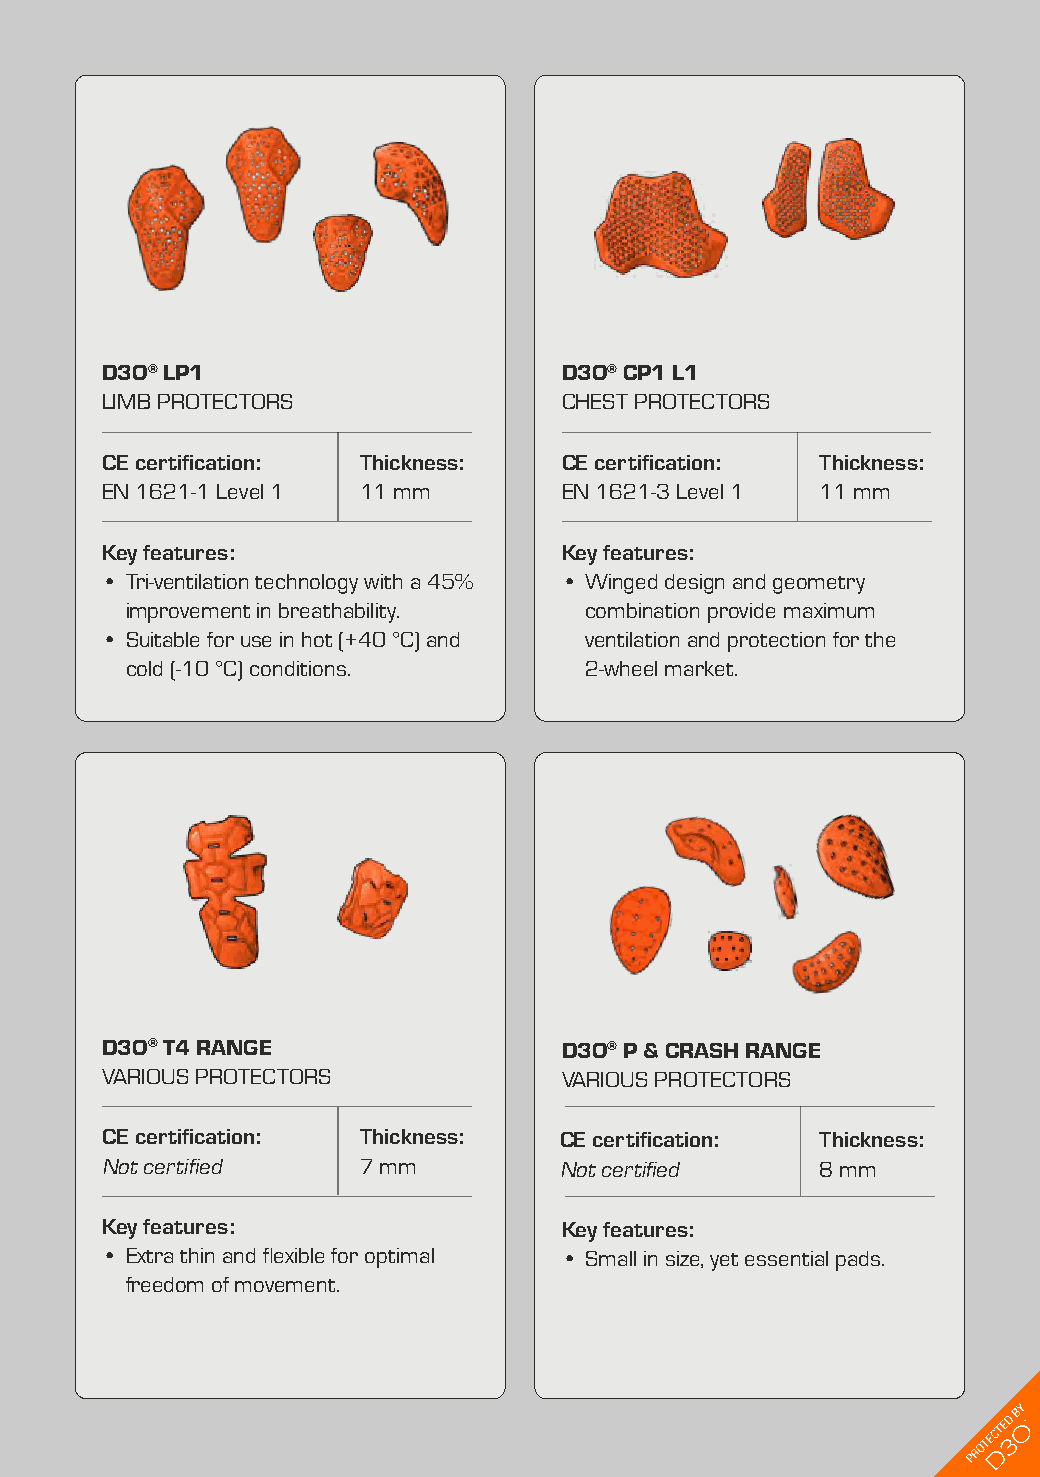
D3O® LP1                      D3O® CP1 L1
 LIMB PROTECTORS               CHEST PROTECTORS
 CE certification: Thickness:  CE certification: Thickness:
 EN 1621-1 Level 1 11 mm       EN 1621-3 Level 1 11 mm
 Key features:                 Key features:
 • Tri-ventilation technology with a 45% • Winged design and geometry
 improvement in breathability.  combination provide maximum
 • Suitable for use in hot (+40 °C) and ventilation and protection for the
 cold (-10 °C) conditions.      2-wheel market.
 D3O® T4 RANGE                 D3O® P & CRASH RANGE
 VARIOUS PROTECTORS            VARIOUS PROTECTORS
 CE certification: Thickness:  CE certification: Thickness:
 Not certified    7 mm         Not certified    8 mm
 Key features:                 Key features:
 • Extra thin and flexible for optimal • Small in size, yet essential pads.
 freedom of movement.